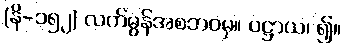
(နိ-၁၅၂) လက်မွန်အစဘဝမှ။ ပဋ္ဌာယ၊ ၍။